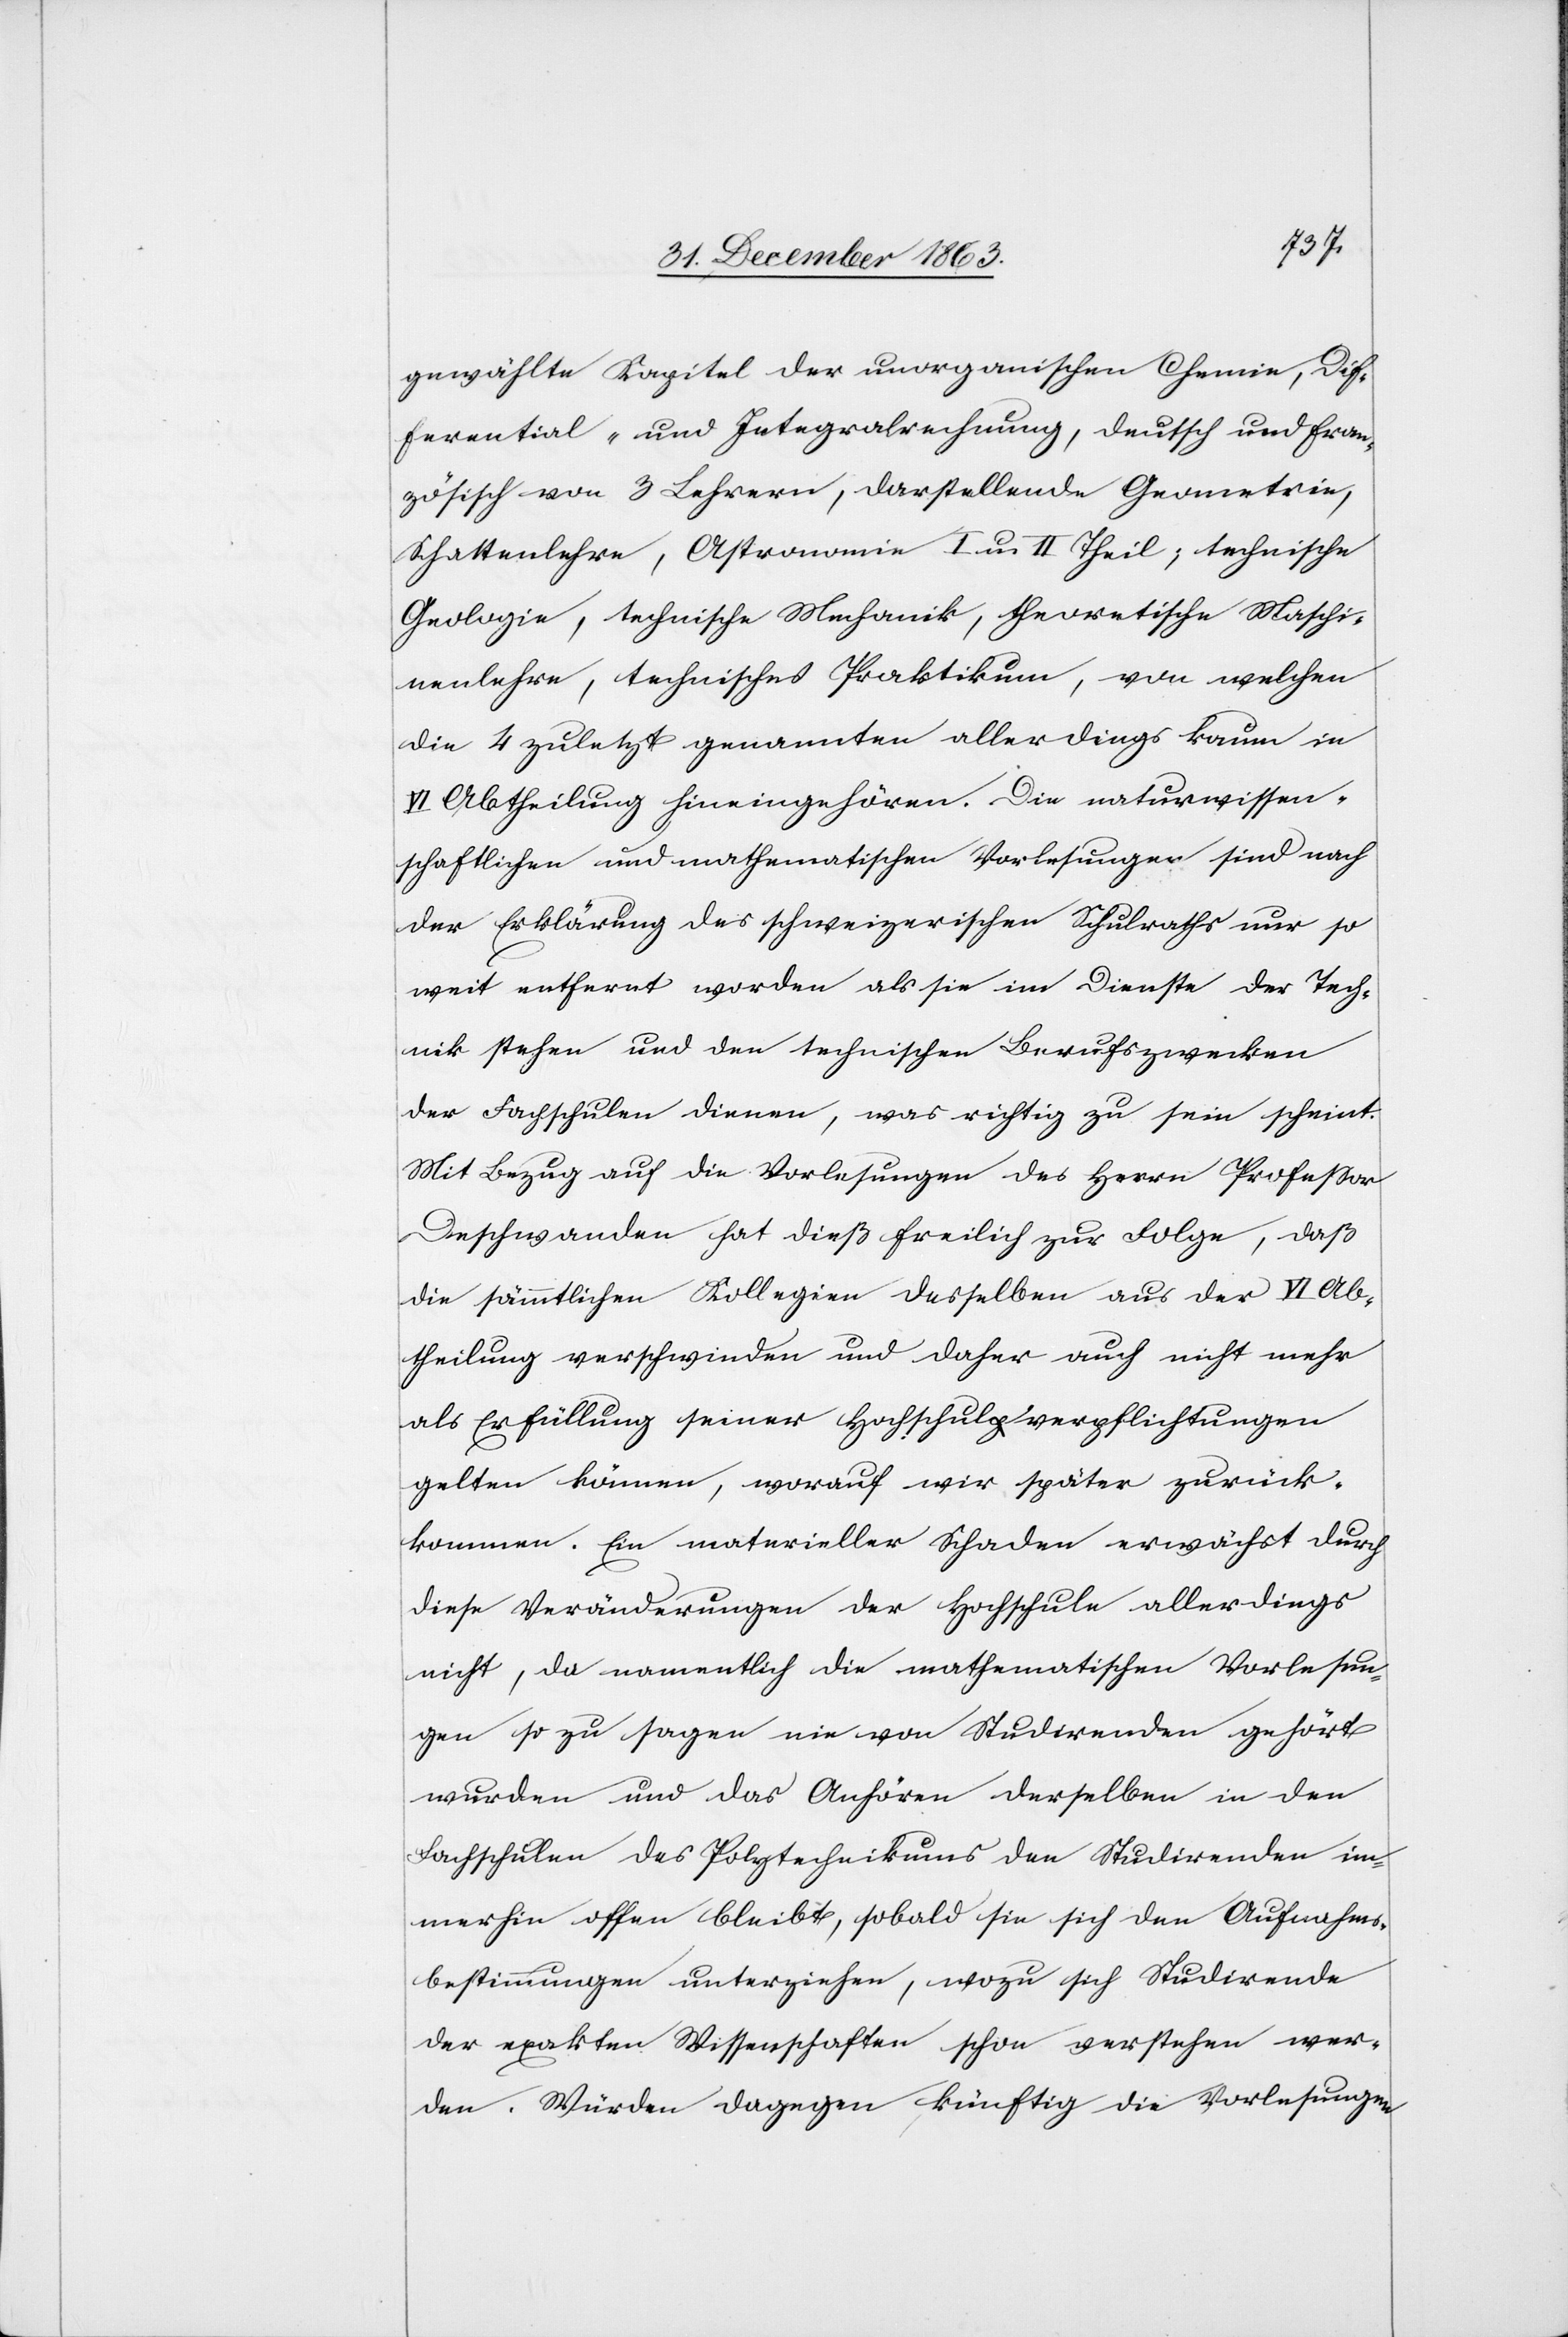
gewählte Kapitel der unorganischen Chemie, Dif¬
ferential- und Integralrechnung, deutsch und fran¬
zösisch von 3 Lehrern, darstellende Geometrie,
Schattenlehre, Astronomie I u. II Theil; technische
Geologie, technische Mechanik, theoretische Maschi¬
nenlehre, technisches Praktikum, von welchen
die 4 zuletzt genannten allerdings kaum in
VI Abtheilung hineingehören. Die naturwissen¬
schaftlichen und mathematischen Vorlesungen sind nach
der Erklärung des schweizerischen Schulraths nur so
weit entfernt worden als sie im Dienste der Tech¬
nik stehen und den technischen Berufszwecken
der Fachschulen dienen, was richtig zu sein scheint.
Mit Bezug auf die Vorlesung des Herrn Professor
Deschwanden hat dieß freilich zur Folge, daß
die sämmtlichen Kollegien desselben aus der VI Ab¬
theilung verschwinden und daher auch nicht mehr
als Erfüllung seiner Hochschulverpflichtungen
gelten können, worauf wir später zurück¬
kommen. Ein materieller Schaden erwächst durch
diese Veränderungen der Hochschule allerdings
nicht, da namentlich die mathematischen Vorlesun¬
gen so zu sagen nie von Studirenden gehört
wurden und das Anhören derselben in den
Fachschulen des Polytechnikums den Studirenden im¬
merhin offen bleibt, sobald sie sich den Aufnahms¬
bestimmungen unterziehen, wozu sich Studirende
der exakten Wissenschaften schon verstehen wer¬
den. Würden dagegen künftig die Vorlesungen